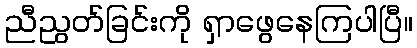
ညီညွတ်ခြင်းကို ရှာဖွေနေကြပါပြီ။